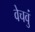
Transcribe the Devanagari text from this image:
वेचवुं